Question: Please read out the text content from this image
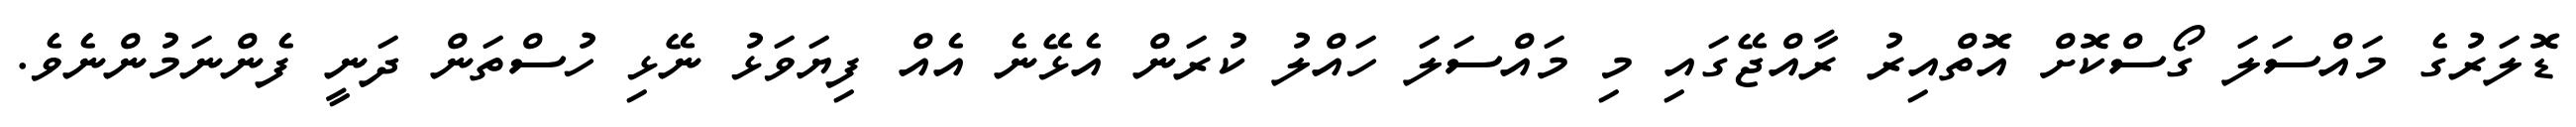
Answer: ޑޮލަރުގެ މައްސަލަ ގޯސްކޮށް އޮތްއިރު ރާއްޖޭގައި މި މައްސަލަ ހައްލު ކުރަން އެޅޭނެ އެއް ފިޔަވަޅު ނޭޅި ހުސްތަން ދަނީ ފެންނަމުންނެވެ.